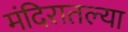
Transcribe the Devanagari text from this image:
मंदिरातल्या